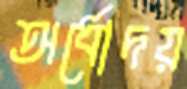
অর্ধোদয়